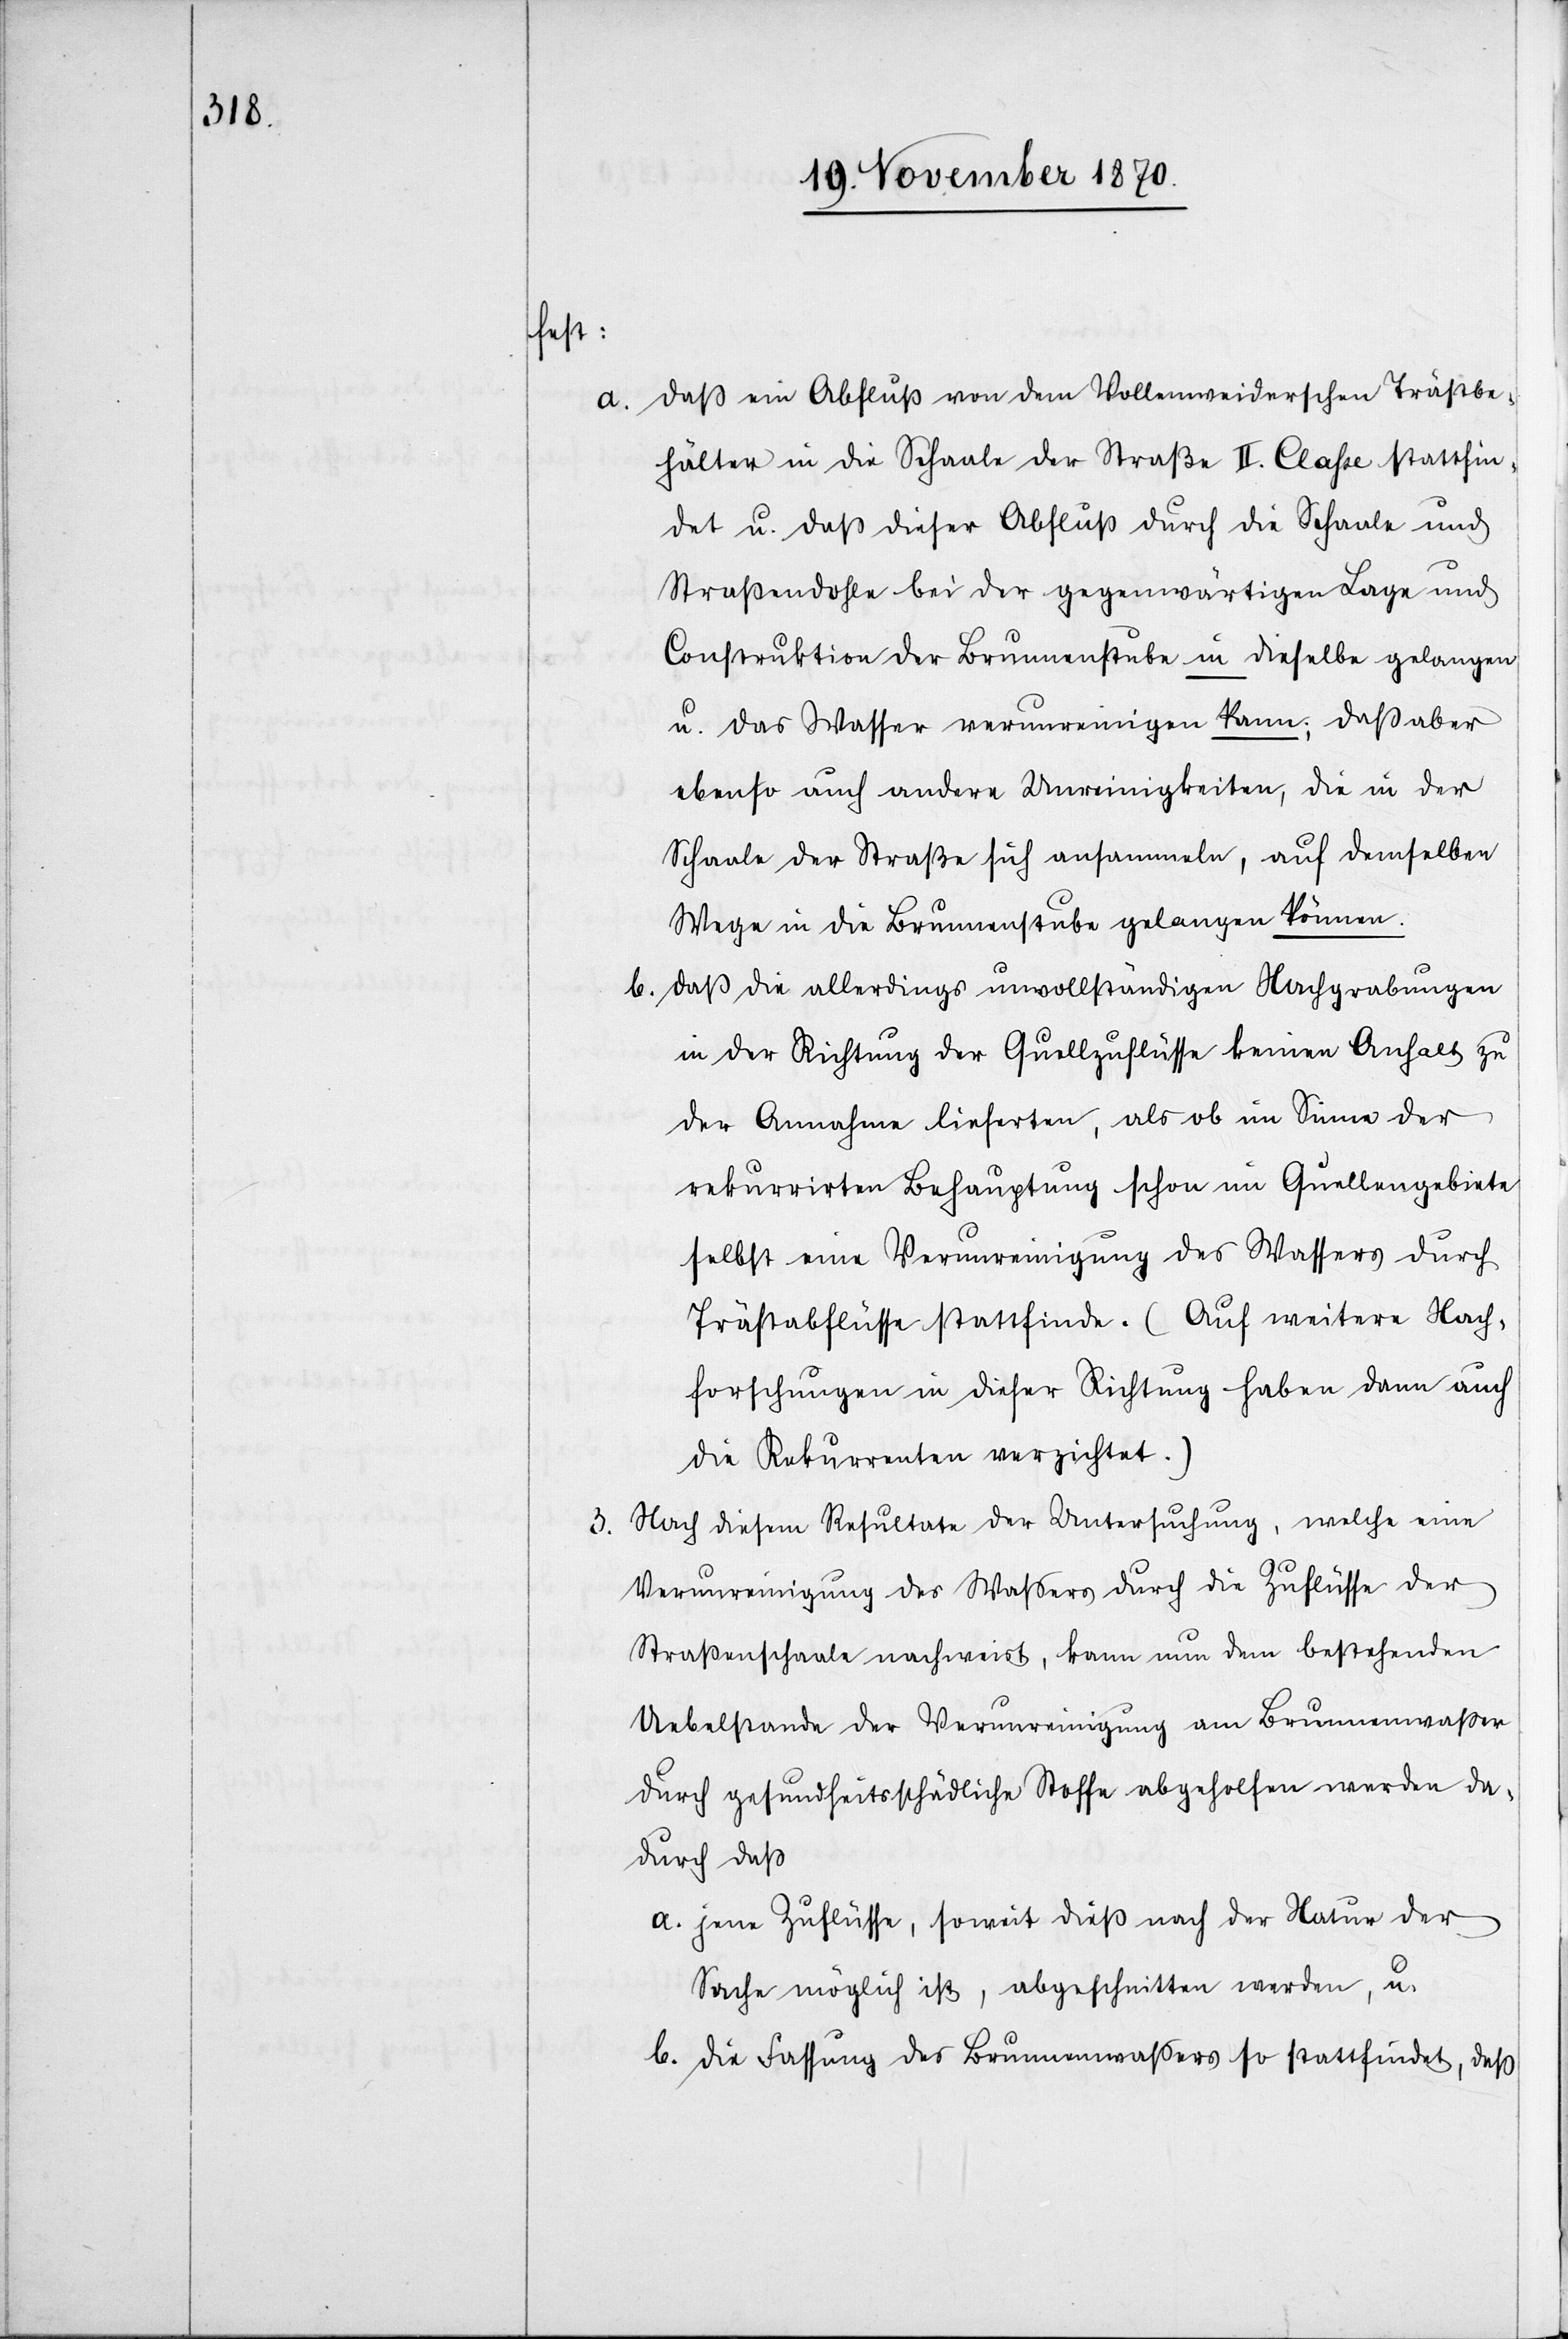
fest:
a.

3.

daß ein Abfluß von dem Vollenweiderschen Trästbe¬
hälter in die Schaale der Straße II. Claße stattfin¬
det u. daß dieser Abfluß durch die Schaale und
Straßendohle bei der gegenwärtigen Lage und
Construktion der Brunnenstube in dieselbe gelangen
u. das Wasser verunreinigen kann; daß aber
ebenso auch andere Unreinigkeiten, die in der
Schaale der Straße sich ansammeln, auf demselben
Wege in die Brunnenstube gelangen können.
b. daß die allerdings unvollständigen Nachgrabungen
in der Richtung der Quellzuflüsse keinen Anhalt zu
der Annahme lieferten, als ob im Sinne der
rekurrirten Behauptung schon im Quellengebiete
selbst eine Verunreinigung des Wassers durch
Trästabflüsse stattfinde. (Auf weitere Nach¬
forschungen in dieser Richtung haben dann auch
die Rekurrenten verzichtet.)
Nach diesem Resultate der Untersuchung, welche eine
Verunreinigung des Waßers durch die Zuflüsse der
Straßenschaale nachweist, kann nun dem bestehenden
Uebelstande der Verunreinigung am Brunnenwaßer
durch gesundheitsschädliche Stoffe abgeholfen werden da¬
durch daß
a. jene Zuflüsse, soweit dieß nach der Natur der
Sache möglich ist, abgeschnitten werden, u.
b. die Fassung des Brunnenwaßers so stattfindet, daß